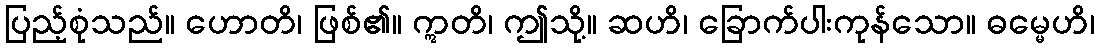
ပြည့်စုံသည်။ ဟောတိ၊ ဖြစ်၏။ ဣတိ၊ ဤသို့။ ဆဟိ၊ ခြောက်ပါးကုန်သော။ ဓမ္မေဟိ၊